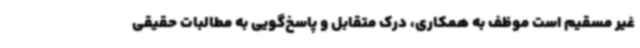
غیر مسقیم است موظف به همکاری، درک متقابل و پاسخ‌گویی به مطالبات حقیقی